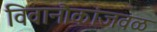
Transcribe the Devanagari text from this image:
विवानौकांजवळ